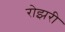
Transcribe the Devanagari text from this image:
रोझरी